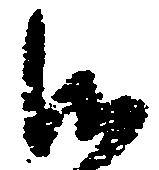
御